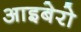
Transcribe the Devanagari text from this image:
आइबेरो